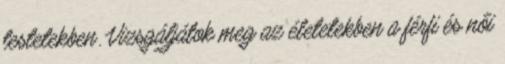
testetekben. Vizsgáljátok meg az életetekben a férfi és női